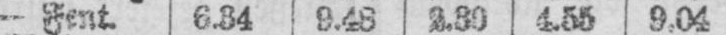
- Fent. 6.34 9.48 2.39 4.55 9.04